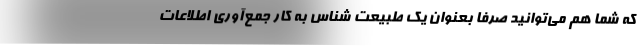
که شما هم می‌توانید صرفاً بعنوان یک طبیعت شناس به کار جمع‌آوری اطلاعات